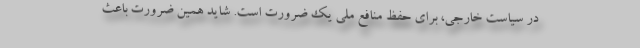
در سیاست خارجی، برای حفظ منافع ملی یک ضرورت است. شاید همین ضرورت باعث